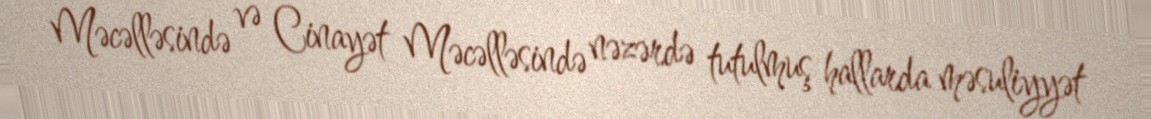
Məcəlləsində və Cinayət Məcəlləsində nəzərdə tutulmuş hallarda məsuliyyət